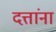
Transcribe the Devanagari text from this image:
दत्तांना